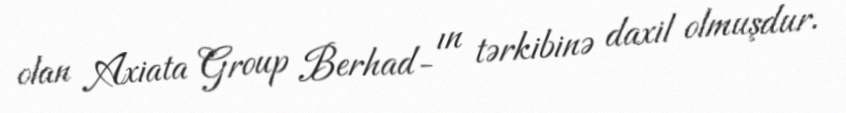
olan Axiata Group Berhad- ın tərkibinə daxil olmuşdur.